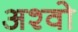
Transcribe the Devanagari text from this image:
अश्वो